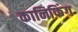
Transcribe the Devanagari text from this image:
कानिफिंग